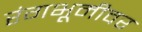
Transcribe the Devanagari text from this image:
रंंगभूमीवर